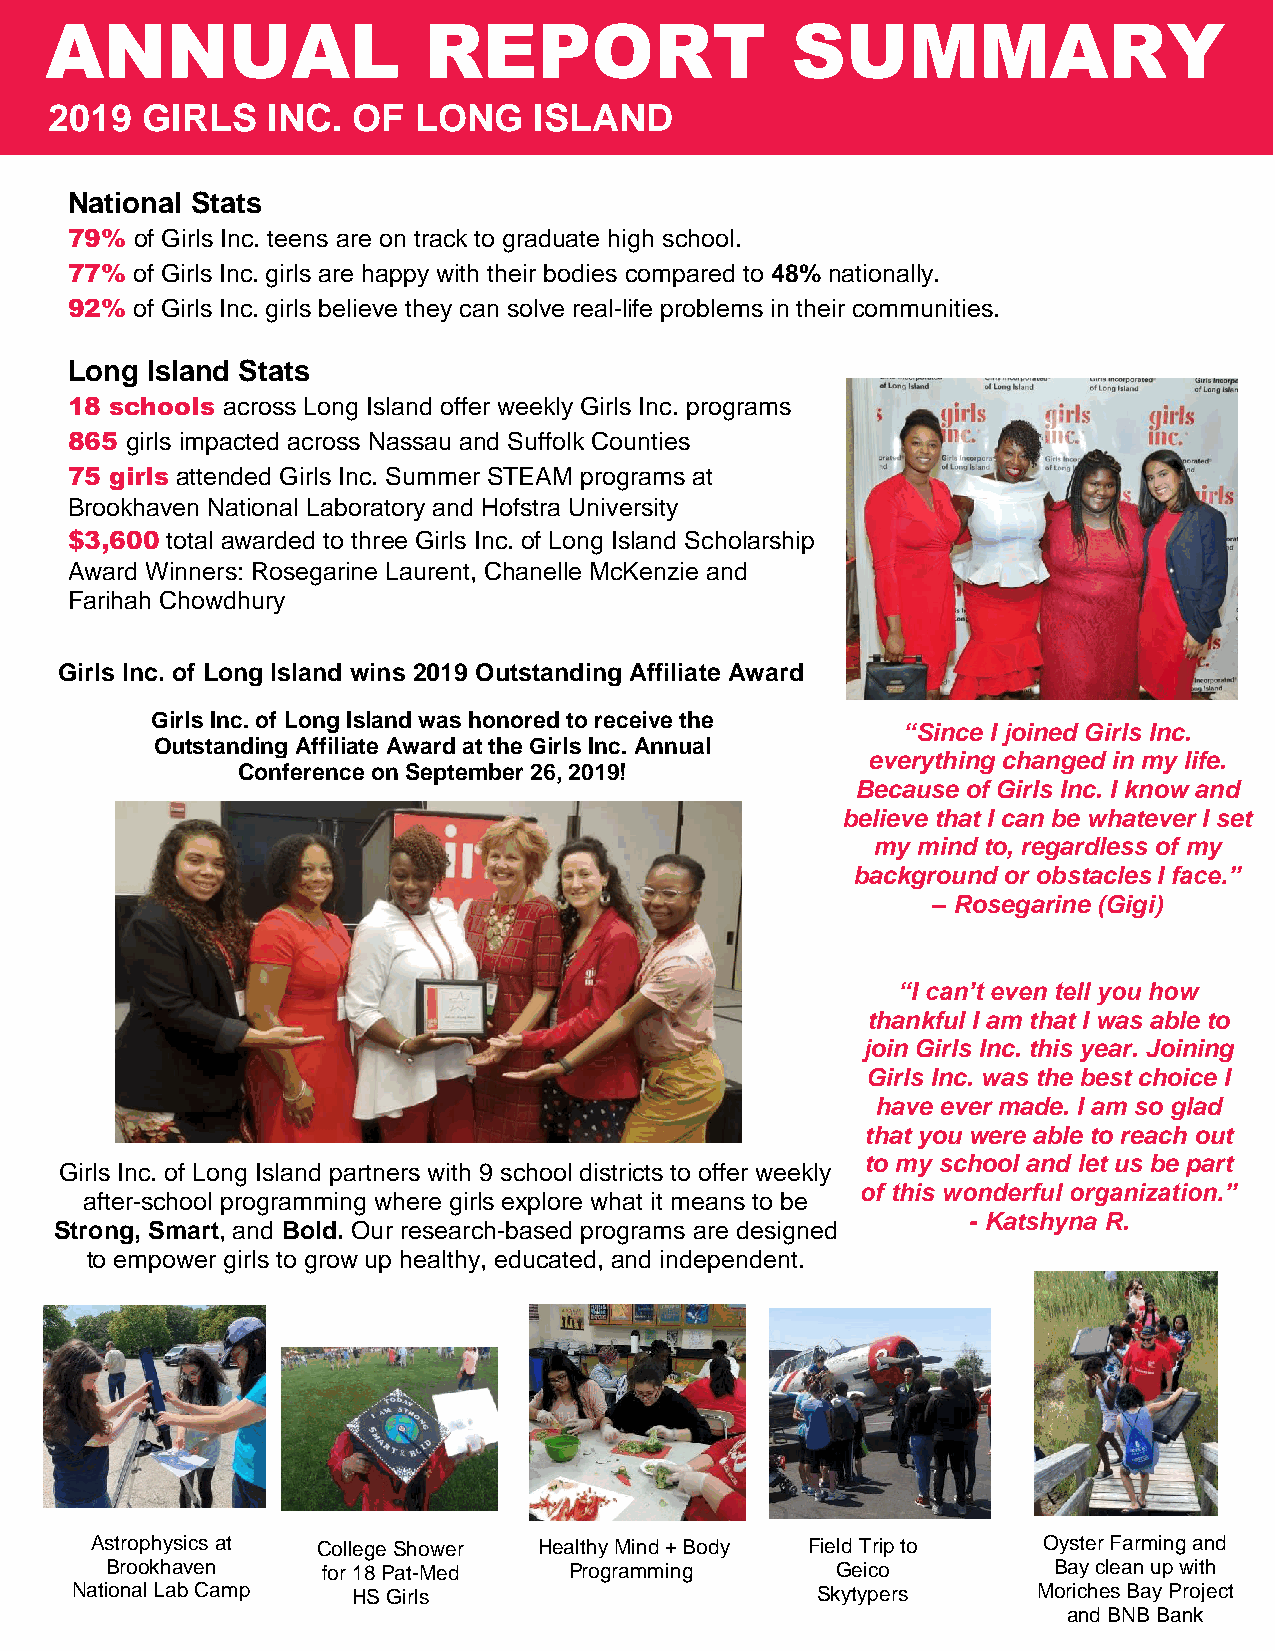
ANNUAL                   REPORT                  SUMMARY
 2019  GIRLS    INC. OF  LONG    ISLAND
 National Stats
 79%  of Girls Inc. teens are on track to graduate high school.
 77%  of Girls Inc. girls are happy with their bodies compared to 48% nationally.
 92%  of Girls Inc. girls believe they can solve real-life problems in their communities.
 Long  Island Stats
 18 schools across Long Island offer weekly Girls Inc. programs
 865 girls impacted across Nassau and Suffolk Counties
 75 girls attended Girls Inc. Summer STEAM programs at
 Brookhaven National Laboratory and Hofstra University
 $3,600 total awarded to three Girls Inc. of Long Island Scholarship
 Award Winners: Rosegarine Laurent, Chanelle McKenzie and
 Farihah Chowdhury
 Girls Inc. of Long Island wins 2019 Outstanding Affiliate Award
 Girls Inc. of Long Island was honored to receive the
 “Since I joined Girls Inc.
 Outstanding Affiliate Award at the Girls Inc. Annual
 everything changed in my life.
 Conference on September 26, 2019!
 Because of Girls Inc. I know and
 believe that I can be whatever I set
 my mind to, regardless of my
 background or obstacles I face.”
 – Rosegarine (Gigi)
 “I can’t even tell you how
 thankful I am that I was able to
 join Girls Inc. this year. Joining
 Girls Inc. was the best choice I
 have ever made. I am so glad
 that you were able to reach out
 to my school and let us be part
 Girls Inc. of Long Island partners with 9 school districts to offer weekly
 of this wonderful organization.”
 after-school programming where girls explore what it means to be
 - Katshyna R.
 Strong, Smart, and Bold. Our research-based programs are designed
 to empower girls to grow up healthy, educated, and independent.
 Astrophysics at College Shower Healthy Mind + Body Field Trip to Oyster Farming and
 Brookhaven    for 18 Pat-Med   Programming      Geico          Bay clean up with
 National Lab Camp HS Girls                       Skytypers      Moriches Bay Project
 and BNB Bank